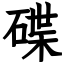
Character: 碟